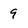
Character: 9